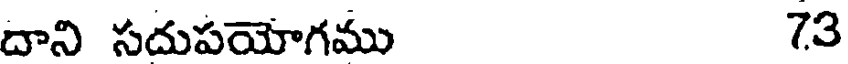
దాని సదుపయోగము 73